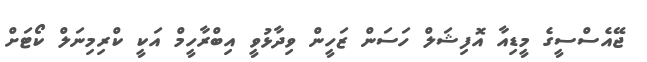
ޖޭއެސްސީގެ މީޑިއާ އޮފިޝަލް ހަސަން ޒަހީން ވިދާޅުވީ އިބްރާހީމް އަކީ ކްރިމިނަލް ކޯޓަށް